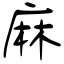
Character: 麻